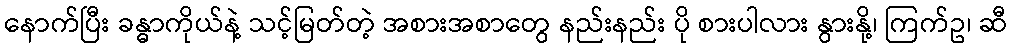
နောက်ပြီး ခန္ဓာကိုယ်နဲ့ သင့်မြတ်တဲ့ အစားအစာတွေ နည်းနည်း ပို စားပါလား နွားနို့၊ ကြက်ဥ၊ ဆီ